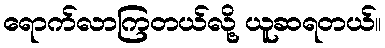
ရောက်လာကြတယ်လို့ ယူဆရတယ်။